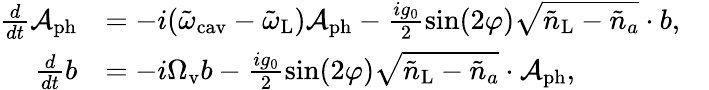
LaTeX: \begin{array}{rlr}{\frac{d}{dt}\mathcal{A}_{\mathrm{ph}}}&{=-i(\tilde{\omega}_{\mathrm{cav}}-\tilde{\omega}_{\mathrm{L}})\mathcal{A}_{\mathrm{ph}}-\frac{ig_{0}}{2}\sin(2\varphi)\sqrt{\tilde{n}_{\mathrm{L}}-{\tilde{n}_{a}}}\cdot b,}&\\ {\frac{d}{dt}b}&{=-i\Omega_{\mathrm{v}}b-\frac{ig_{0}}{2}\sin(2\varphi)\sqrt{\tilde{n}_{\mathrm{L}}-{\tilde{n}_{a}}}\cdot\mathcal{A}_{\mathrm{ph}},}&\end{array}